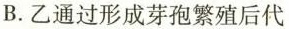
B.乙通过形成芽孢繁殖后代